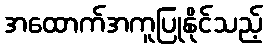
အထောက်အကူပြုနိုင်သည့်